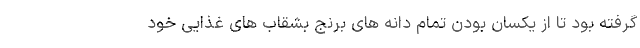
گرفته بود تا از یکسان بودن تمام دانه های برنج بشقاب های غذایی خود